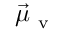
\vec { \mu } _ { \mathrm { ~ v ~ } }